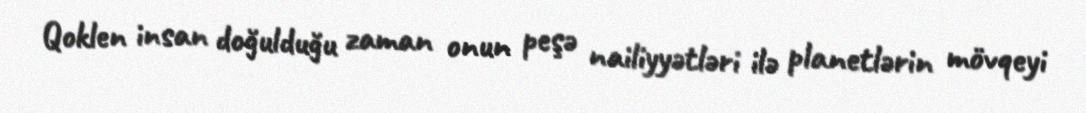
Qoklen insan doğulduğu zaman onun peşə nailiyyətləri ilə planetlərin mövqeyi